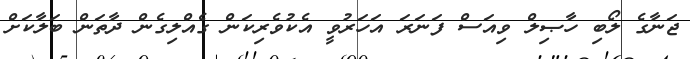
ޖަނާގެ ލޯބި ހާޞިލް ވިއަސް ފަނަރަ އަހަރުވީ އެކުވެރިކަން ގެއްލިގެން ދާތަން ބަލާކަށް